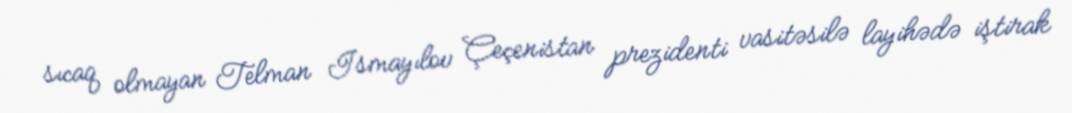
sıcaq olmayan Telman Ismayılov Çeçenistan prezidenti vasitəsilə layihədə iştirak